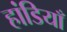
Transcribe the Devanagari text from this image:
हांडियाँ